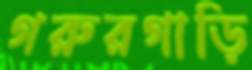
গরুরগাড়ি